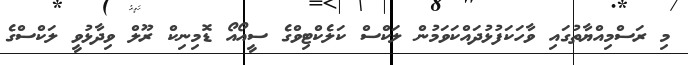
މި ރަސްމިއްޔާތުގައި ވާހަކަފުޅުދައްކަވަމުން ލަކްސް ކަލެކްޓިވްގެ ސީއޯއޯ ޑޮމިނިކް ރޫލް ވިދާޅުވީ ލަކްސްގެ